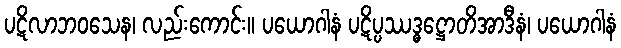
ပဋိလာဘဝသေန၊ လည်းကောင်း။ ပယောဂါနံ ပဋိပ္ပဿဒ္ဓဋ္ဌောတိအာဒီနံ၊ ပယောဂါနံ